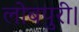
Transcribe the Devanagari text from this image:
लोबपुरी।